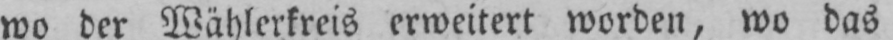
wo der Wählerkreis erweitert worden, wo das